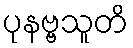
ပုနဗ္ဗသူတိ